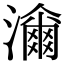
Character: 𤁶